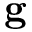
{ \bf g }